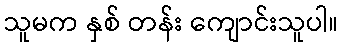
သူမက နှစ် တန်း ကျောင်းသူပါ။